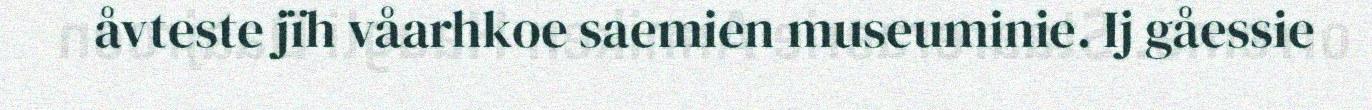
åvteste jïh våarhkoe saemien museuminie. Ij gåessie